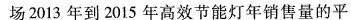
商场2013年到2015年高效节能灯年销售量的平